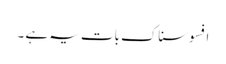
افسوسناک بات یہ ہے ۔